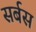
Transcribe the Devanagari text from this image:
सर्बस